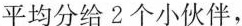
平均分给2个小伙伴，